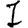
Digit: 1